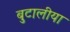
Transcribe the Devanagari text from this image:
बुटालीया